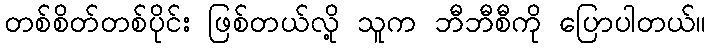
တစ်စိတ်တစ်ပိုင်း ဖြစ်တယ်လို့ သူက ဘီဘီစီကို ပြောပါတယ်။